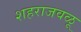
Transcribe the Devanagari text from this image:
शहराजवळू